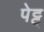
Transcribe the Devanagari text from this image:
पेट्ट्